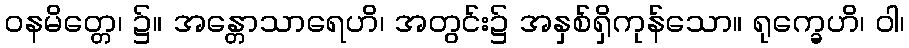
ဝနမိတ္တေ၊ ၌။ အန္တောသာရေဟိ၊ အတွင်း၌ အနှစ်ရှိကုန်သော။ ရုက္ခေဟိ၊ ဝါ၊